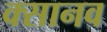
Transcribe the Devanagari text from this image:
क्सानव